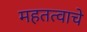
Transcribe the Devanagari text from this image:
महतत्वाचे